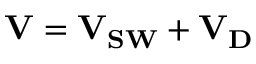
\mathbf { V } = \mathbf { V } _ { \mathbf { S W } } + \mathbf { V _ { D } }